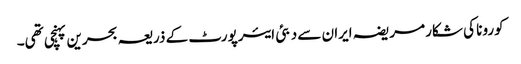
کورونا کی شکار مریضہ ایران سے دبئی ایئرپورٹ کے ذریعہ بحرین پہنچی تھی۔